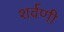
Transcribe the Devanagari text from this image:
शर्वणी